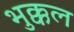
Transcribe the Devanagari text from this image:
भुक्कल